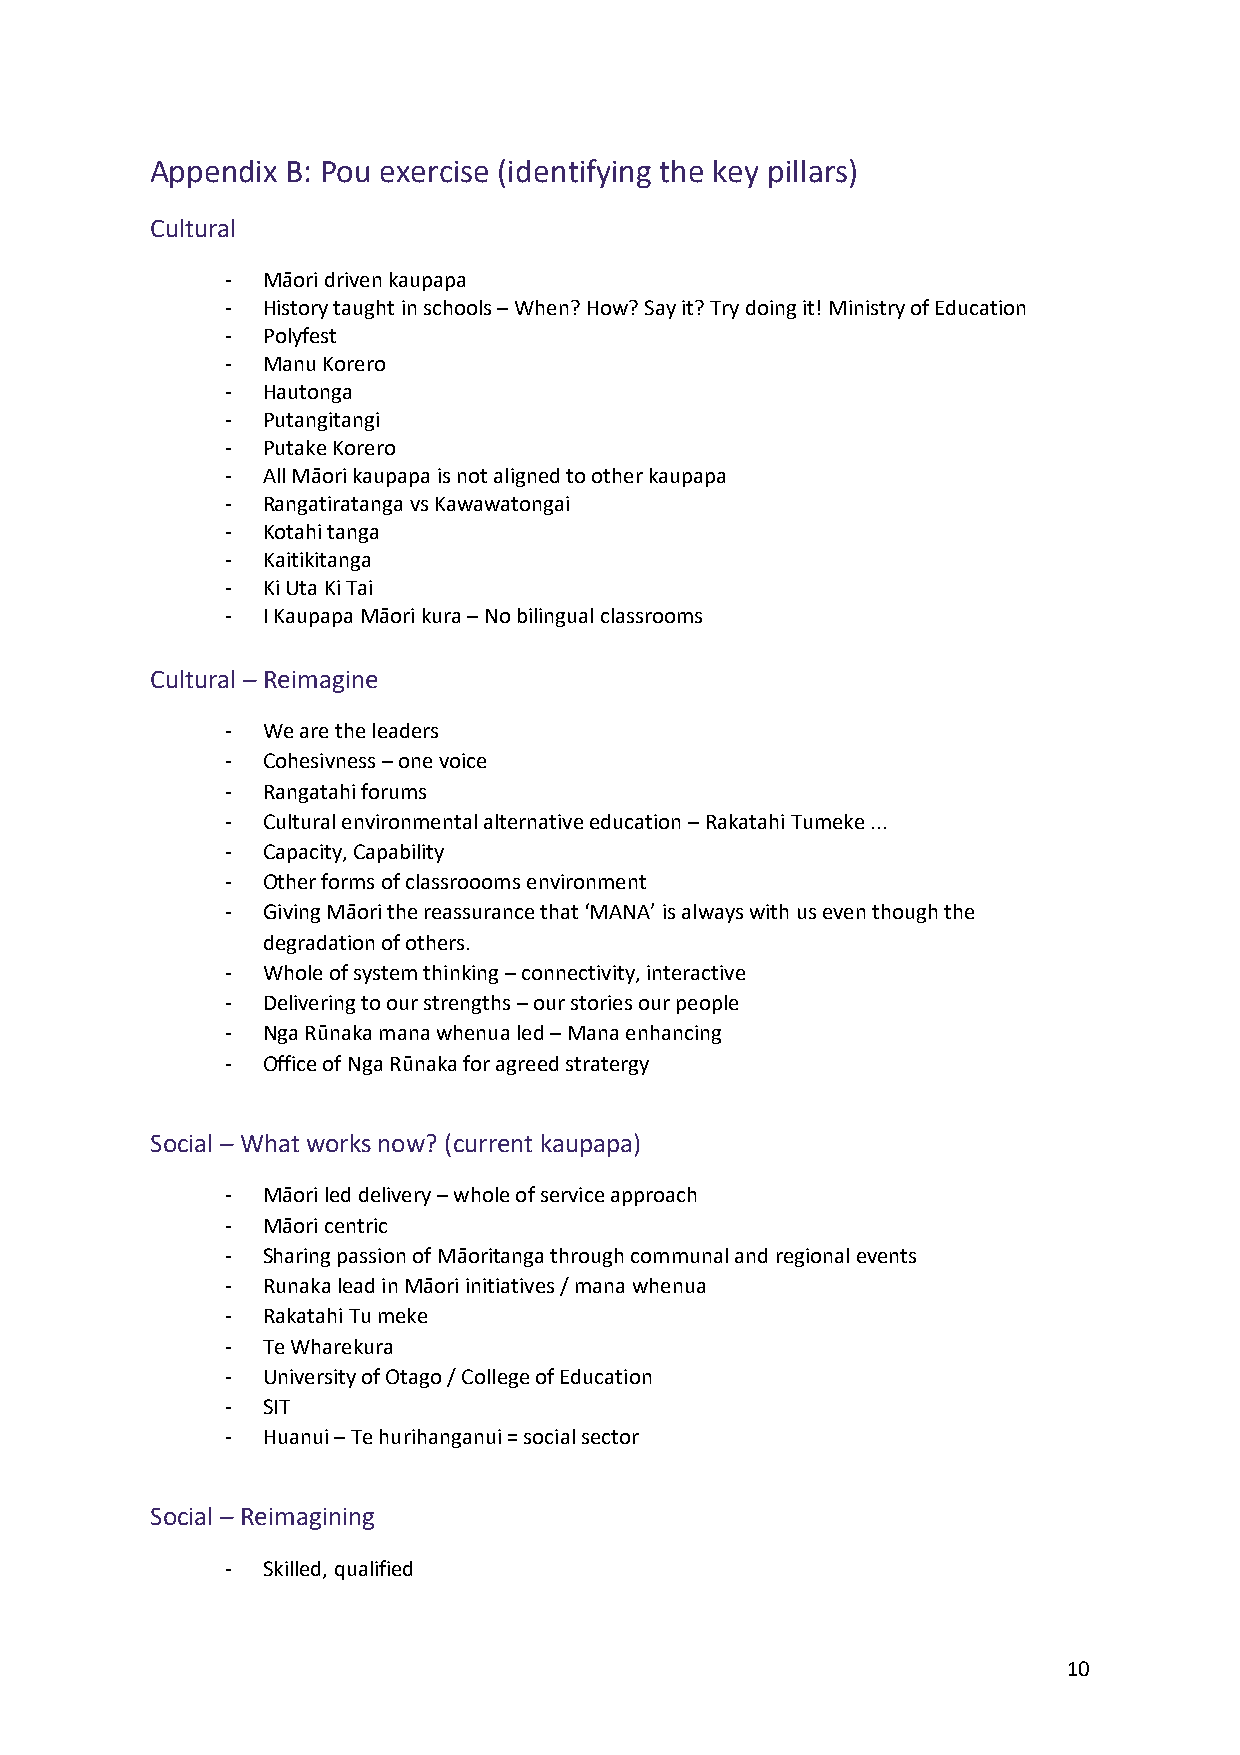
Appendix B: Pou exercise (identifying the key pillars)
 Cultural
 - Māori driven kaupapa
 - History taught in schools – When? How? Say it? Try doing it! Ministry of Education
 - Polyfest
 - Manu Korero
 - Hautonga
 - Putangitangi
 - Putake Korero
 - All Māori kaupapa is not aligned to other kaupapa
 - Rangatiratanga vs Kawawatongai
 - Kotahi tanga
 - Kaitikitanga
 - Ki Uta Ki Tai
 - I Kaupapa Māori kura – No bilingual classrooms
 Cultural – Reimagine
 - We are the leaders
 - Cohesivness – one voice
 - Rangatahi forums
 - Cultural environmental alternative education – Rakatahi Tumeke ...
 - Capacity, Capability
 - Other forms of classroooms environment
 - Giving Māori the reassurance that ‘MANA’ is always with us even though the
 degradation of others.
 - Whole of system thinking – connectivity, interactive
 - Delivering to our strengths – our stories our people
 - Nga Rūnaka mana whenua led – Mana enhancing
 - Office of Nga Rūnaka for agreed stratergy
 Social – What works now? (current kaupapa)
 - Māori led delivery – whole of service approach
 - Māori centric
 - Sharing passion of Māoritanga through communal and regional events
 - Runaka lead in Māori initiatives / mana whenua
 - Rakatahi Tu meke
 - Te Wharekura
 - University of Otago / College of Education
 - SIT
 - Huanui – Te hurihanganui = social sector
 Social – Reimagining
 - Skilled, qualified
 10